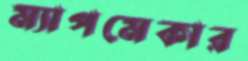
ম্যাপমেকার